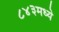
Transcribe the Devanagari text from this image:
८४३मध्ये